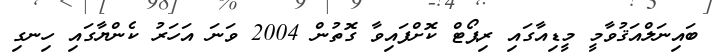
ބައިނަލްއަޤުވާމީ މީޑިއާގައި ރިޕޯޓް ކޮށްފައިވާ ގޮތުން 2004 ވަނަ އަހަރު ކެންޔާގައި ހިނގި